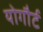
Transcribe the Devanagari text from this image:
योगौर्ट